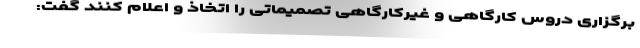
برگزاری دروس کارگاهی و غیرکارگاهی تصمیماتی را اتخاذ و اعلام کنند گفت: